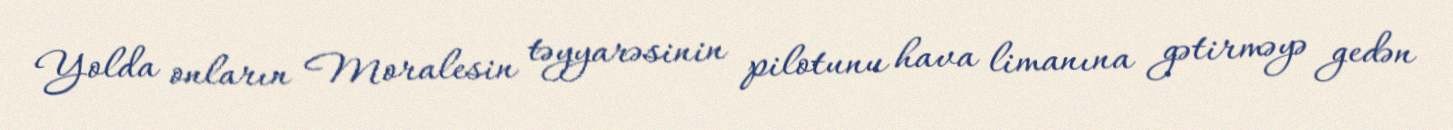
Yolda onların Moralesin təyyarəsinin pilotunu hava limanına gətirməyə gedən